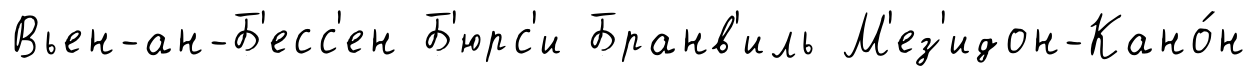
Вьен-ан-Б'есс'ен Б'юрс'и Бранв'иль М'ез'идон-Кано́н